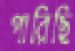
পারিছি